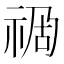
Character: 𥙯